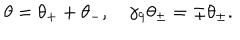
LaTeX: \theta = \theta _ { + } + \theta _ { - } , \quad \gamma _ { 9 } \theta _ { \pm } = \pm \theta _ { \pm } .